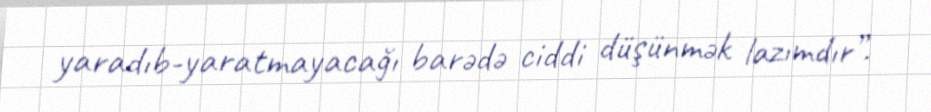
yaradıb-yaratmayacağı barədə ciddi düşünmək lazımdır”.